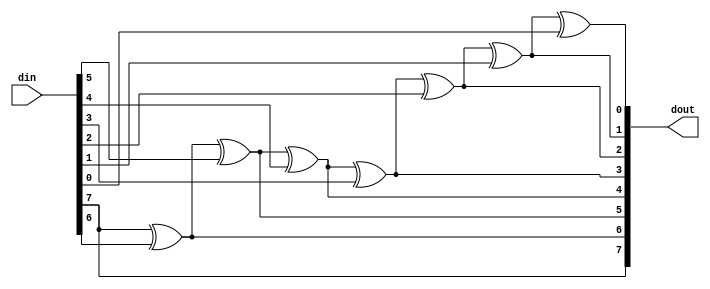
module ad_g2b #(
  parameter DATA_WIDTH = 8) (
  input       [DATA_WIDTH-1:0]    din,
  output      [DATA_WIDTH-1:0]    dout);
  function [DATA_WIDTH-1:0] g2b;
    input [DATA_WIDTH-1:0] g;
    integer i;
    begin
      g2b[DATA_WIDTH-1] = g[DATA_WIDTH-1];
      for (i = DATA_WIDTH-1; i > 0; i = i -1) begin
        g2b[i-1] = g2b[i] ^ g[i-1];
      end
    end
  endfunction
  assign dout = g2b(din);
endmodule